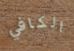
الكافي